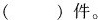
（）件。